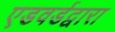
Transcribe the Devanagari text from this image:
एडवर्डद्वारा